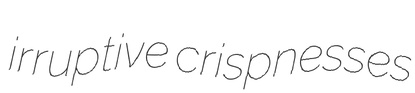
irruptive crispnesses